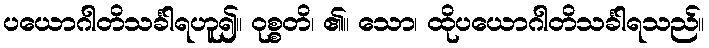
ပယောဂါတိသင်္ခါရဟူ၍။ ဝုစ္စတိ၊ ၏။ သော၊ ထိုပယောဂါတိသင်္ခါရသည်။